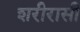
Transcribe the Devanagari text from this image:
शरीरासी